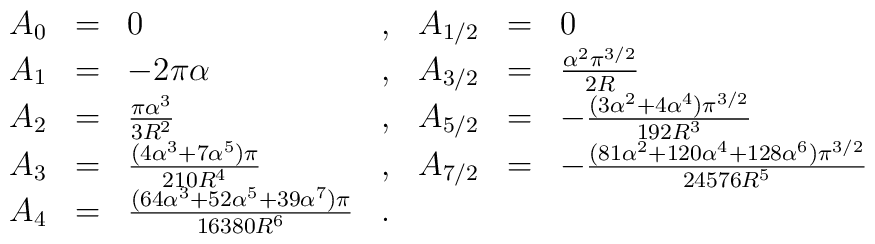
\begin{array}{lclcccl}A_0 & = & 0                 & , &   A_{1/2} & = & 0 \nonumber \\A_1 & = &  -2\pi\alpha     & , &   A_{3/2} & = &  \frac{\alpha^2 \pi^{3/2}}{2R} \nonumber \\A_2 & = &  \frac{\pi \alpha^3}{3 R^2}                & , &   A_{5/2} & = & -\frac{(3\alpha^2 +4\alpha^4)\pi^{3/2}}{192R^3} \nonumber \\A_3 & = &  \frac{(4\alpha^3+7\alpha^5)\pi}{210 R^4}               & , &  A_{7/2}  & = & -\frac{(81\alpha^2 +120\alpha^4+128\alpha^6)\pi^{3/2}}{24576 R^5}\nonumber \\A_4 & = &  \frac{(64\alpha^3+52\alpha^5+39\alpha^7)\pi}{16380 R^6}  & . &  &  & \end{array}